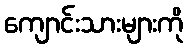
ကျောင်းသားများကို